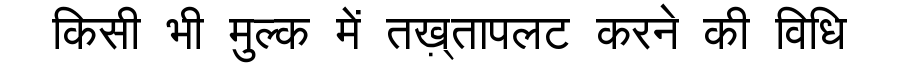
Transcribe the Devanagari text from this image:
किसी भी मुल्क में तख़्तापलट करने की विधि